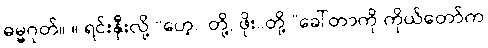
ဓမ္မဂုတ်။ ။ ရင်းနှီးလို့ “ဟေ့...တို့, ဖိုး..တို့.”ခေါ်တာကို ကိုယ်တော်က